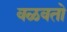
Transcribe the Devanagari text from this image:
वळवतो